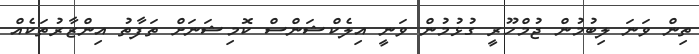
ތިން ވަނަ ލިބުމުން ޖުމްހޫރީ ގުޅުމުން ވަނީ އިލެކްޝަންސް ކޮމިޝަނަށް ތަފާތު އިންޒާރުތަކެއް